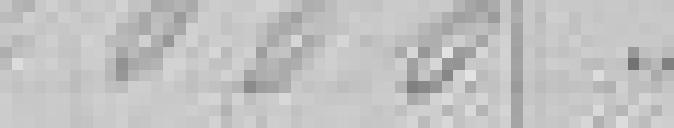
2000